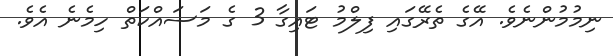
ނިމުމުންނެވެ. އޭގެ ތެރޭގައި ފިލްމު ޓައިގާ 3 ގެ މަސައްކަތް ހިމެނެ އެވެ.